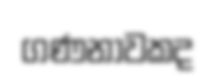
ගණනාවකද